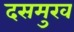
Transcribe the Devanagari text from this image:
दसमुख